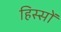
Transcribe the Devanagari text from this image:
हिस्सों